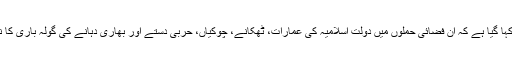
ایک بیان میں کہا گیا ہے کہ اِن فضائی حملوں میں دولت اسلامیہ کی عمارات، ٹھکانے، چوکیاں، حربی دستے اور بھاری دہانے کی گولہ باری کا نظام شامل ہے۔